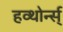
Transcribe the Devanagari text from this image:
हव्थोर्न्स्